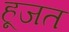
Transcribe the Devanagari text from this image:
हूजत